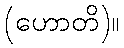
(ဟောတိ)။